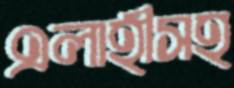
এলাহীসহ